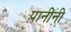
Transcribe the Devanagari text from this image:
पानीनी